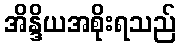
အိန္ဒိယအစိုးရသည်